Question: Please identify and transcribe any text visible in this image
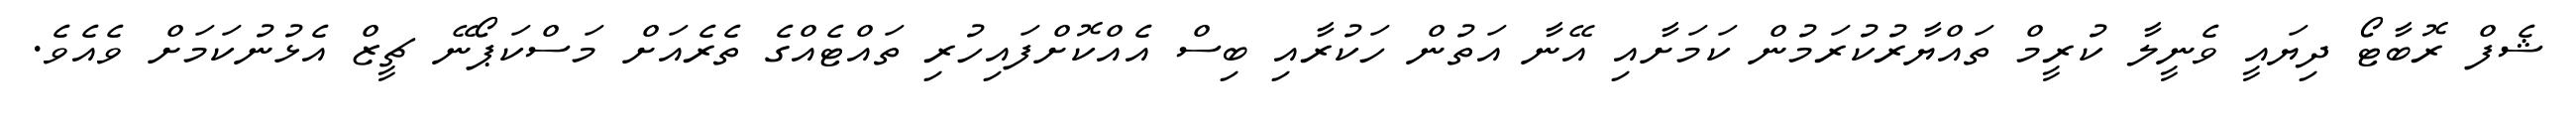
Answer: ޝެފް ރޮބާޓޯ ދިޔައީ ވެނީލާ ކުރީމް ތައްޔާރުކުރަމުން ކަމަށާއި އޭނާ އަތުން ހަކުރާއި ބިސް އެއްކޮށްފައިހުރި ތައްޓެއްގެ ތެރެއަށް މަސްކަޕޯނޭ ޗީޒް އެޅުނުކަމަށް ވެއެވެ.